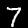
Digit: 7